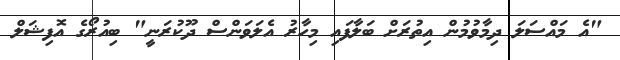
"އެ މައްސަލަ ދިމާވުމުން އިތުރަށް ބަލާފައި މިހާރު އެލަވަންސް ދޫކުރަނީ" ބިއުރޯގެ އޮފިޝަލް